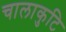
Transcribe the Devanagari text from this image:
चालाकुटि